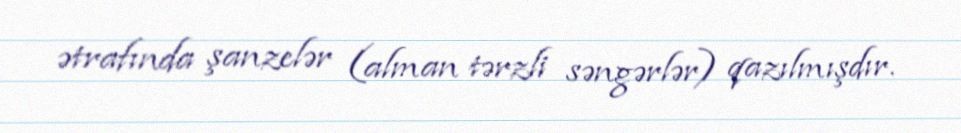
ətrafında şanzelər (alman tərzli səngərlər) qazılmışdır.